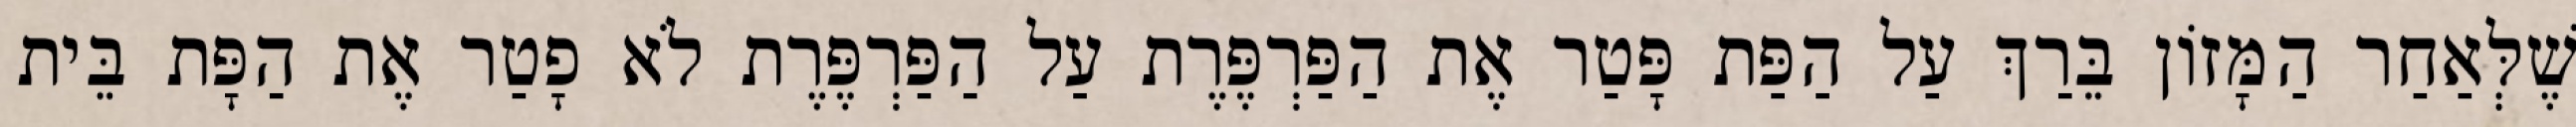
שֶׁלְּאַחַר הַמָּזוֹן בֵּרַךְ עַל הַפַּת פָּטַר אֶת הַפַּרְפֶּרֶת עַל הַפַּרְפֶּרֶת לֹא פָטַר אֶת הַפָּת בֵּית